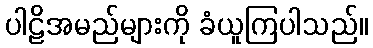
ပါဠိအမည်များကို ခံယူကြပါသည်။